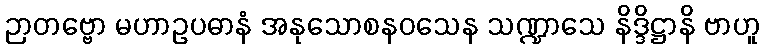
ဉာတဗ္ဗော မဟာဥပဓာနံ အနုသောစနဝသေန သဏ္ဍာသေ နိဒ္ဒိဋ္ဌာနိ ဗာဟူ